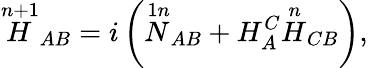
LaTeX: {\stackrel{n+1}{H}}_{AB}=i\left({\stackrel{1n}{N}}_{AB}+H_{A}^{C}{\stackrel{n}{H}}_{CB}\right),